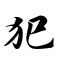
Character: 犯